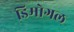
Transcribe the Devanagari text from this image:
डिमोगल